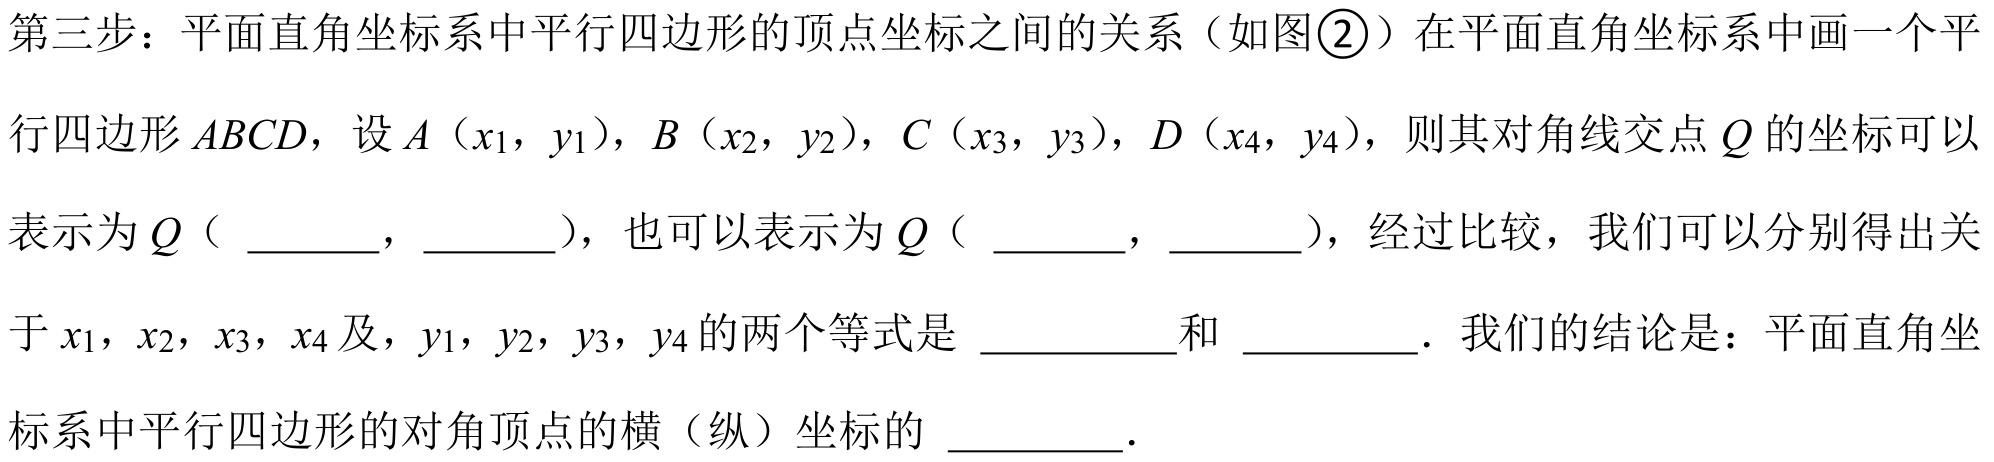
第三步：平面直角坐标系中平行四边形的顶点坐标之间的关系（如图\textcircled{2}）在平面直角坐标系中画一个平
行四边形 \(ABCD\)，设 \(A（x_{1}，y_{1}）\)，\(B（x_{2}，y_{2}）\)，\(C（x_{3}，y_{3}）\)，\(D（x_{4}，y_{4}）\)，则其对角线交点 \(Q\) 的坐标可以
表示为 \(Q\)（  ，  ），也可以表示为 \(Q\)（  ，  ），经过比较，我们可以分别得出关
于 \(x_{1}，x_{2}，x_{3}，x_{4}\) 及，\(y_{1}，y_{2}，y_{3}，y_{4}\) 的两个等式是  和  ．我们的结论是：平面直角坐
标系中平行四边形的对角顶点的横（纵）坐标的  ．